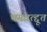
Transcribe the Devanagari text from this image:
भगवत्द्दूत